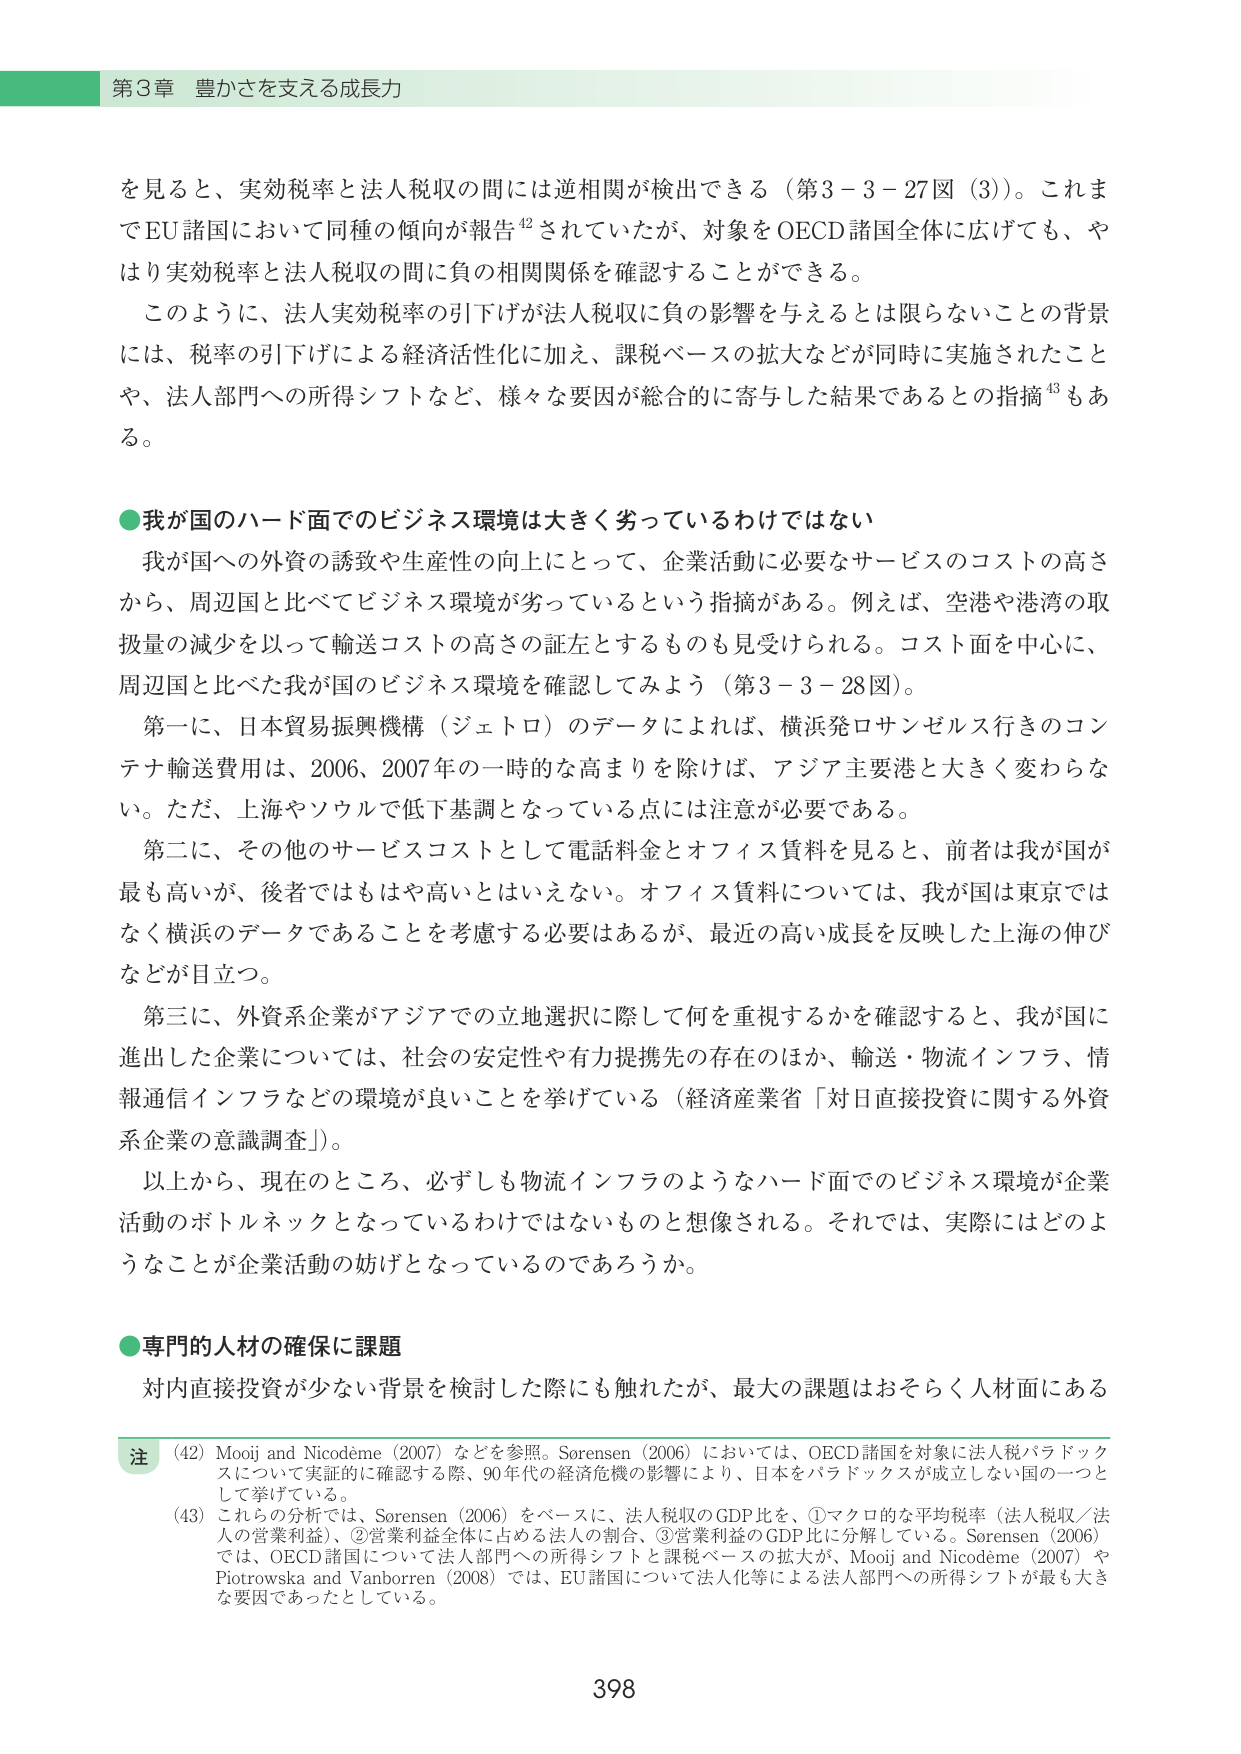
第3章 豊かさを支える成長力

を見ると、実効税率と法人税収の間には逆相関が検出できる（第3－3－27図（3））。これまでEU諸国において同種の傾向が報告⁴²されていたが、対象をOECD諸国全体に広げても、やはり実効税率と法人税収の間に負の相関関係を確認することができる。

このように、法人実効税率の引下げが法人税収に負の影響を与えるとは限らないことの背景には、税率の引下げによる経済活性化に加え、課税ベースの拡大などが同時に実施されたことや、法人部門への所得シフトなど、様々な要因が総合的に寄与した結果であるとの指摘⁴³もある。

●我が国のハード面でのビジネス環境は大きく劣っているわけではない

我が国への外資の誘致や生産性の向上にとって、企業活動に必要なサービスのコストの高さから、周辺国と比べてビジネス環境が劣っているという指摘がある。例えば、空港や港湾の取扱量の減少を以って輸送コストの高さの証左とするものも見受けられる。コスト面を中心に、周辺国と比べた我が国のビジネス環境を確認してみよう（第3－3－28図）。

第一に、日本貿易振興機構（ジェトロ）のデータによれば、横浜発ロサンゼルス行きのコンテナ輸送費用は、2006、2007年の一時的な高まりを除けば、アジア主要港と大きく変わらない。ただ、上海やソウルで低下基調となっている点には注意が必要である。

第二に、その他のサービスコストとして電話料金とオフィス賃料を見ると、前者は我が国が最も高いが、後者ではもはや高いとはいえない。オフィス賃料については、我が国は東京ではなく横浜のデータであることを考慮する必要はあるが、最近の高い成長を反映した上海の伸びなどが目立つ。

第三に、外資系企業がアジアでの立地選択に際して何を重視するかを確認すると、我が国に進出した企業については、社会の安定性や有力提携先の存在のほか、輸送・物流インフラ、情報通信インフラなどの環境が良いことを挙げている（経済産業省「対日直接投資に関する外資系企業の意識調査」）。

以上から、現在のところ、必ずしも物流インフラのようなハード面でのビジネス環境が企業活動のボトルネックとなっているわけではないものと想像される。それでは、実際にはどのようなことが企業活動の妨げとなっているのであろうか。

●専門的人材の確保に課題

対内直接投資が少ない背景を検討した際にも触れたが、最大の課題はおそらく人材面にある

注
(42) Mooij and Nicodème (2007) などを参照。Sorensen (2006) においては、OECD諸国を対象に法人税パラドックスについて実証的に確認する際、90年代の経済危機の影響により、日本をパラドックスが成立しない国の一つとして挙げている。
(43) これらの分析では、Sorensen (2006) をベースに、法人税収のGDP比を、①マクロ的な平均税率（法人税収／法人の営業利益）、②営業利益全体に占める法人の割合、③営業利益のGDP比に分解している。Sorensen (2006) では、OECD諸国について法人部門への所得シフトと課税ベースの拡大が、Mooij and Nicodème (2007) やPiotrowska and Vanborren (2008) では、EU諸国について法人化等による法人部門への所得シフトが最も大きな要因であったとしている。

398